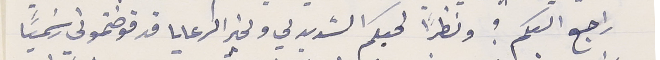
راجع اليكم ؟ ونظراً لحبكم الشديد لي ولخير الرعايا قد فوضتموني رسَمياً